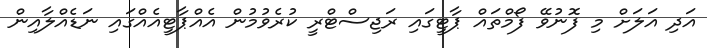
އަދި އަލަށް މި ފޮނުވޭ ފޯމްތައް ޕާޓީގައި ރަޖިސްޓްރީ ކުރެވުމުން އެއްޕާޓީއެއްގައި ނަޑެއްލާއިން